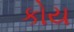
કોય